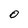
Character: 0